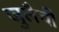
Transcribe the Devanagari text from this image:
जुलैची